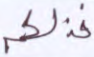
فذلكم